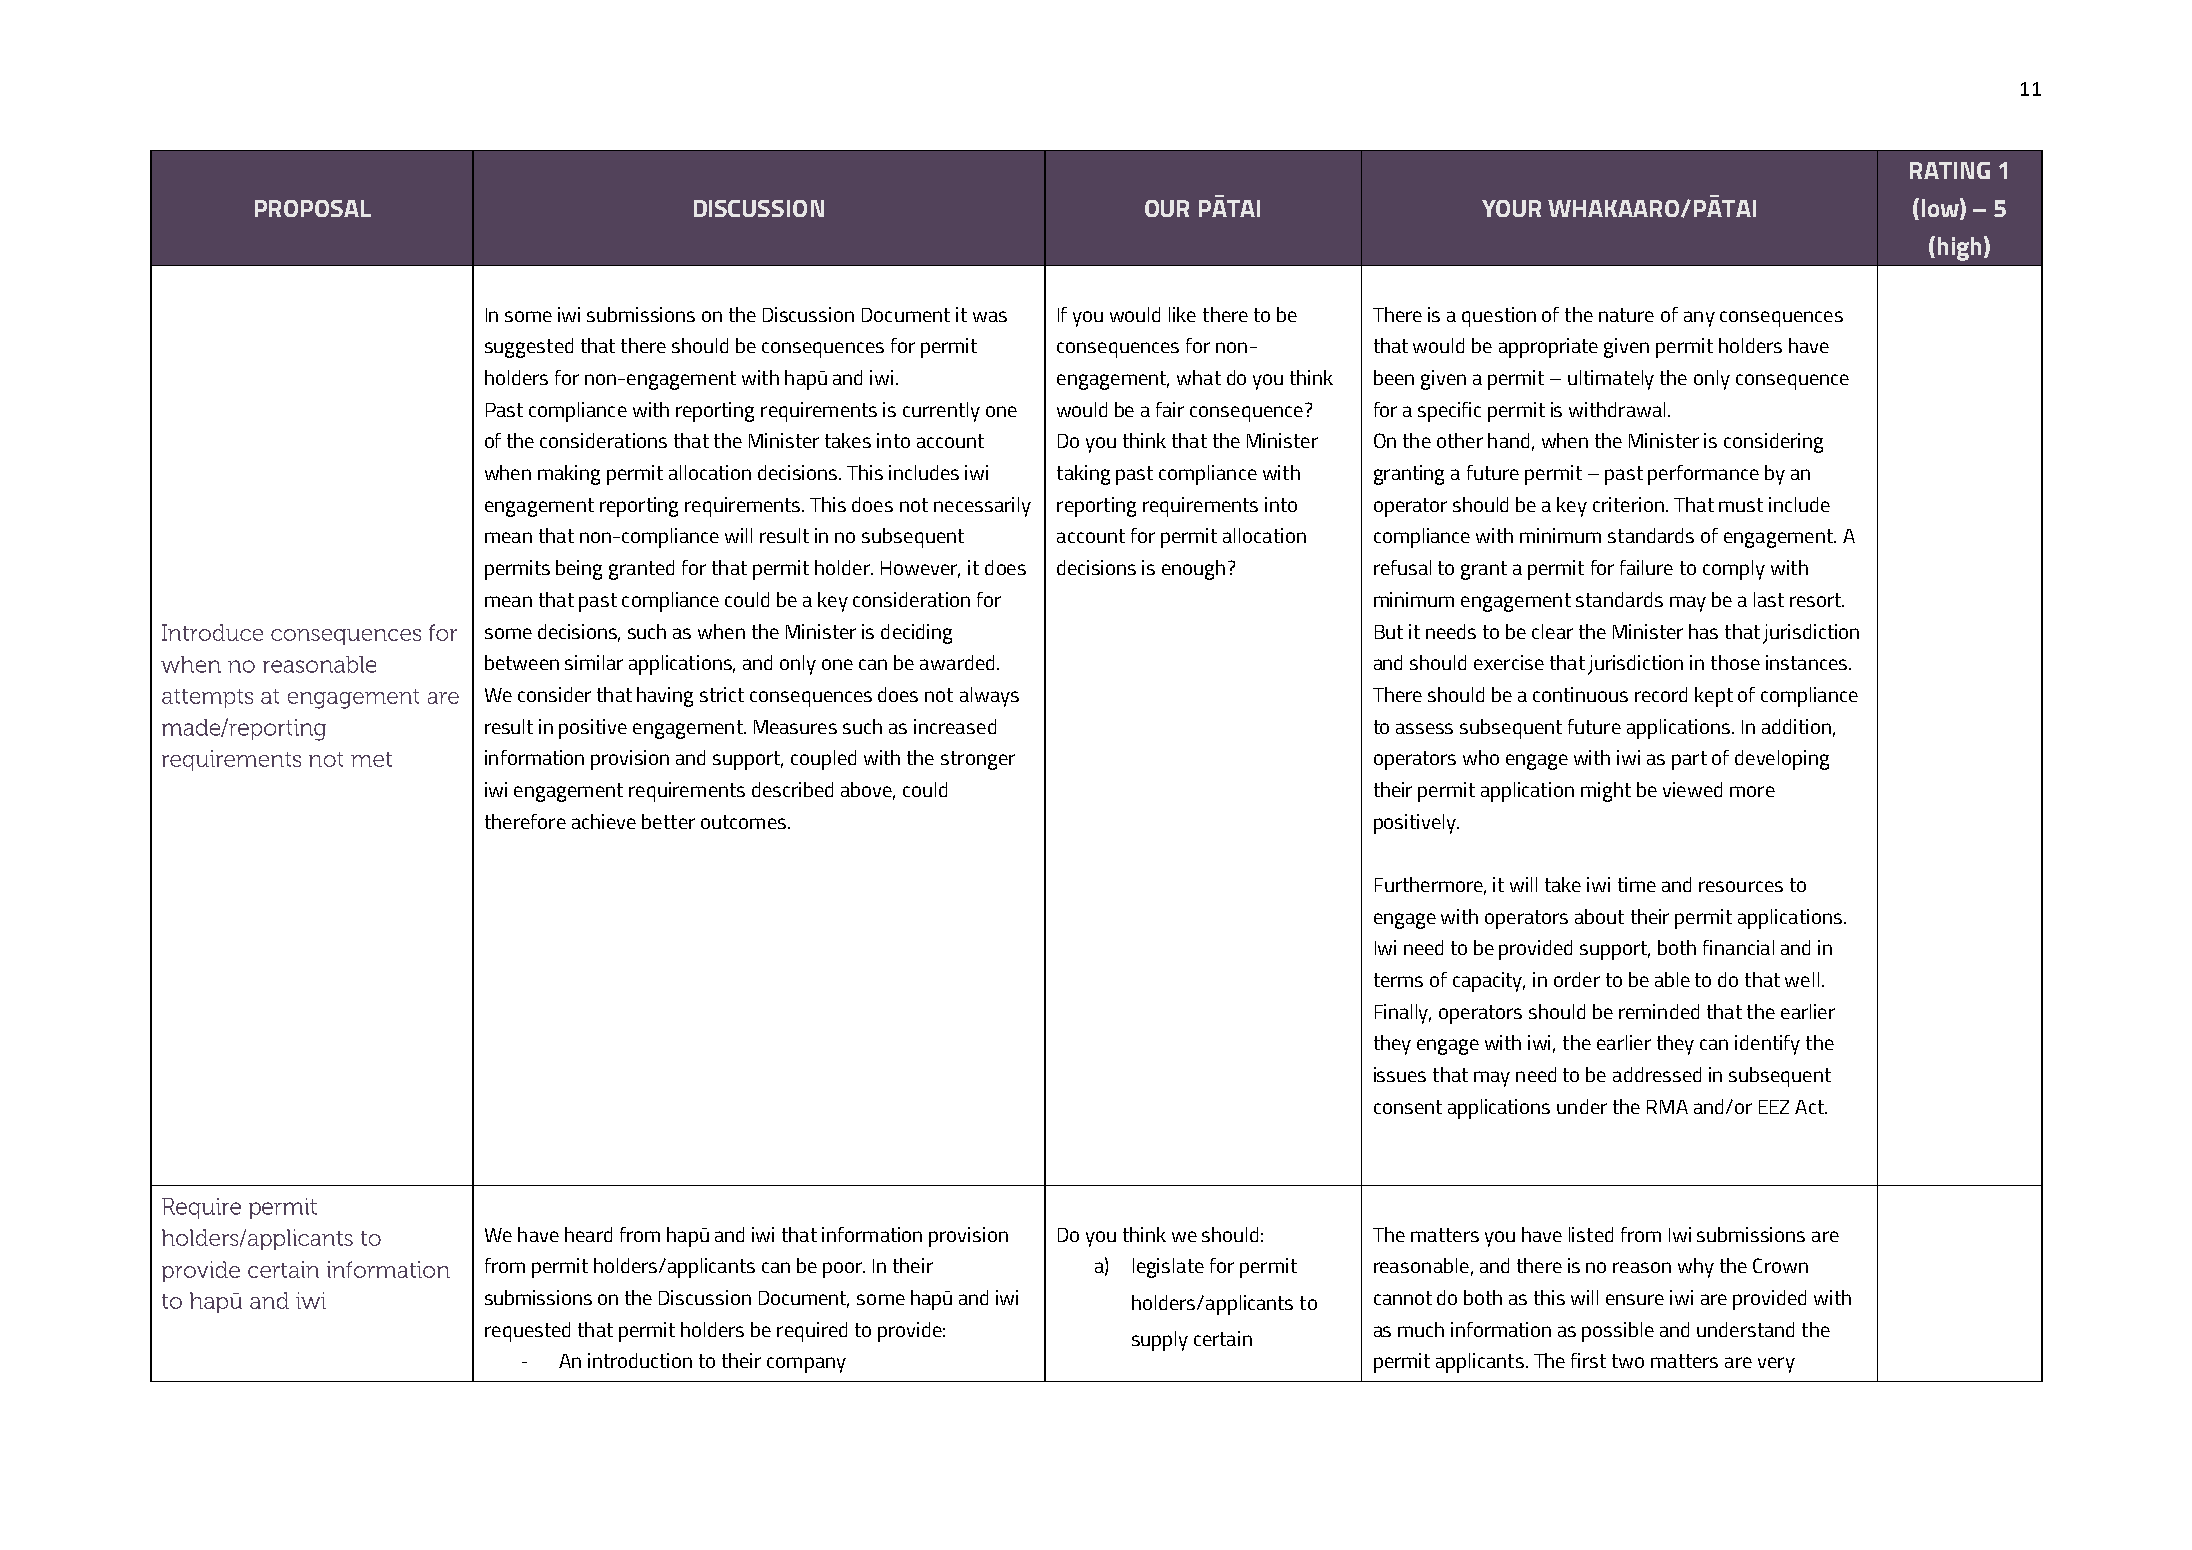
11
 RATING 1
 PROPOSAL                     DISCUSSION                    OUR PĀTAI             YOUR WHAKAARO/PĀTAI          (low) – 5
 (high)
 In some iwi submissions on the Discussion Document it was If you would like there to be There is a question of the nature of any consequences
 suggested that there should be consequences for permit consequences for non- that would be appropriate given permit holders have
 holders for non-engagement with hapū and iwi. engagement, what do you think been given a permit – ultimately the only consequence
 Past compliance with reporting requirements is currently one would be a fair consequence? for a specific permit is withdrawal.
 of the considerations that the Minister takes into account Do you think that the Minister On the other hand, when the Minister is considering
 when making permit allocation decisions. This includes iwi taking past compliance with granting a future permit – past performance by an
 engagement reporting requirements. This does not necessarily reporting requirements into operator should be a key criterion. That must include
 mean that non-compliance will result in no subsequent account for permit allocation compliance with minimum standards of engagement. A
 permits being granted for that permit holder. However, it does decisions is enough? refusal to grant a permit for failure to comply with
 mean that past compliance could be a key consideration for minimum engagement standards may be a last resort.
 some decisions, such as when the Minister is deciding      But it needs to be clear the Minister has that jurisdiction
 between similar applications, and only one can be awarded. and should exercise that jurisdiction in those instances.
 We consider that having strict consequences does not always There should be a continuous record kept of compliance
 result in positive engagement. Measures such as increased  to assess subsequent future applications. In addition,
 information provision and support, coupled with the stronger operators who engage with iwi as part of developing
 iwi engagement requirements described above, could         their permit application might be viewed more
 therefore achieve better outcomes.                         positively.
 Furthermore, it will take iwi time and resources to
 engage with operators about their permit applications.
 Iwi need to be provided support, both financial and in
 terms of capacity, in order to be able to do that well.
 Finally, operators should be reminded that the earlier
 they engage with iwi, the earlier they can identify the
 issues that may need to be addressed in subsequent
 consent applications under the RMA and/or EEZ Act.
 We have heard from hapū and iwi that information provision Do you think we should: The matters you have listed from Iwi submissions are
 from permit holders/applicants can be poor. In their a) legislate for permit reasonable, and there is no reason why the Crown
 submissions on the Discussion Document, some hapū and iwi holders/applicants to cannot do both as this will ensure iwi are provided with
 requested that permit holders be required to provide:      as much information as possible and understand the
 supply certain
 - An introduction to their company                      permit applicants. The first two matters are very